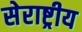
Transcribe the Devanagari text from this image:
सेराष्ट्रीय